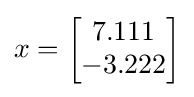
x={\begin{bmatrix}7.111\\-3.222\end{bmatrix}}